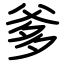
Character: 爹